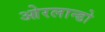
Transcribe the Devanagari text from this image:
ओरलान्डो